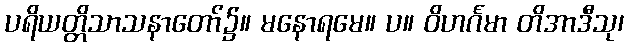
ပရိယတ္တိသာသနာတော်၌။ မနောရမေ။ ပ။ ဝိဟင်္ဂမာ တိအာဒီသု၊